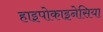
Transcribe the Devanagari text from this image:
हाइपोकाइनेसिया